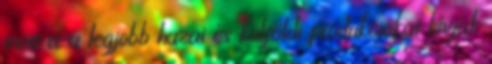
most is a legjobb hazai és külföldi produkciókat hívják